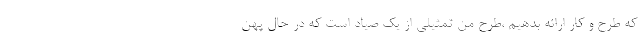
که طرح و کار ارائه بدهیم ،طرح من تمثیلی از یک صیاد است که در حال پهن